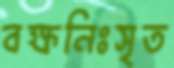
বক্ষনিঃসৃত